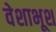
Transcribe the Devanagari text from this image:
वेशाभूश